system: You are a helpful assistant.
user:
Analyze the provided spectrum to determine if it is a **S-type Star**.

- **Key Indicators for S-type Star:**

    - **(Overall Spectrum Shape):** The first and most obvious characteristic is the overall continuum (the "baseline" shape). It is **extremely "red-sloping,"** meaning the flux (light intensity) is very low on the left side (blue, ~4000-4500 Å) and rises steeply and continuously toward the right side (red, ~7000 Å+).

    - **(Primary):** The spectrum is defined by the presence of strong, broad molecular absorption "valleys" (bands) from **Zirconium Oxide (ZrO)**. The identification of these bands is the **primary requirement** for classifying a star as S-type.
        - **(Key Bandheads):** You must find distinct, deep "dips" where the light has been absorbed. The most critical band systems to locate are:
            - **~6474 Å** ($\gamma$-system): This is often the strongest and clearest ZrO feature, found in the red part of the spectrum.
            - **~5718 Å** & **~5551 Å** ($\beta$-system): A pair of prominent absorption features in the yellow-orange part of the spectrum.
            - **~4640 Å** ($\alpha$-system): A key absorption band system in the blue-green region of the spectrum.

    - **(Secondary Confirmation):** The classification is strengthened by finding additional absorption bands from other related heavy element oxides, which are expected to be present alongside ZrO.
        - **(Key Bandheads):**
            - **Yttrium Oxide (YO):** Look for absorption dips near **~4800 Å** and **~6100 Å**.
            - **Lanthanum Oxide (LaO):** Additional absorption features, particularly in the red-orange part of the spectrum, are also characteristic.

    - **(Line Profile):** The combination of the steep red continuum and these numerous, deep molecular bands (ZrO, YO, etc.) gives the entire spectrum a very **"chopped-up"** or **"bumpy"** appearance. Instead of a smooth curve, the spectrum looks as though large, wide chunks of light have been "carved out" of it at the specific wavelengths listed above.

Think first, call **spectral_visualization_tool** if needed to examine features in detail, then provide your final answer. Your response must adhere to the following strict rules:
1.  **Overall Structure:** Your response must follow the format `<think>...</think> <tool_call>...</tool_call> (if a tool is used) <answer>...</answer>`.
2.  **Tool Usage Constraint:** You may only make **one** tool call per turn.
3.  **Final Answer Format:** In the `<answer>` tag, your conclusion must be inside a `\boxed{}` command (e.g., `\boxed{YES}` or `\boxed{NO}`), followed by your justification.

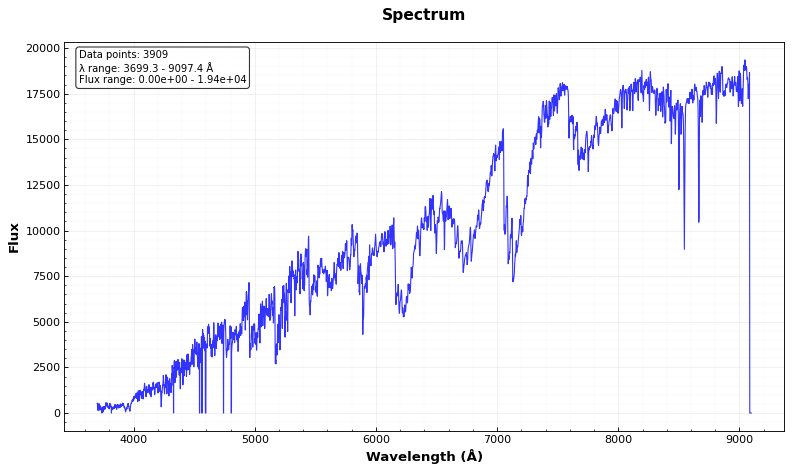
Answer: YES